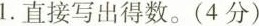
1.直接写出得数。(4分)